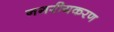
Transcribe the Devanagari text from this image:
नगरीयकरण